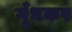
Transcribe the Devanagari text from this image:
गूँधकर